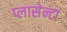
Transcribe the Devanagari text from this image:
प्लासेन्टा